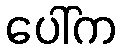
ပေါ်က